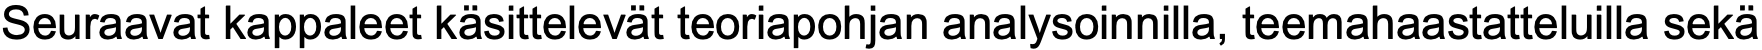
Seuraavat kappaleet käsittelevät teoriapohjan analysoinnilla, teemahaastatteluilla sekä